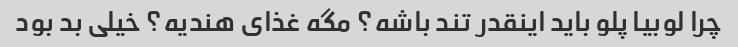
چرا لوبیا پلو باید اینقدر تند باشه؟ مگه غذای هندیه؟ خیلی بد بود